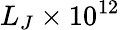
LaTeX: L_{J}\times 10^{12}